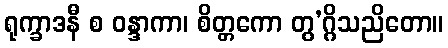
ရုက္ခာဒနီ စ ဝန္ဒာကာ၊ စိတ္တကော တွ’ဂ္ဂိသညိတော။